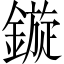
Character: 鏇